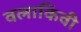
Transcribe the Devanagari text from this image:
वलाकिवी